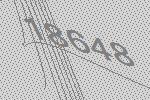
18648